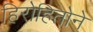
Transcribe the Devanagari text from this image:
हिरोहितोने